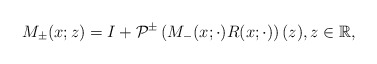
\begin{align*}M_{\pm}(x;z)=I+\mathcal{P}^{\pm}\left(M_{-}(x; \cdot) R(x ;\cdot)\right)(z), z \in \mathbb{R},\end{align*}